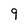
Character: 9